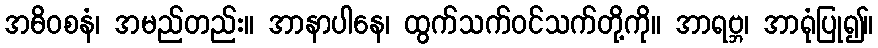
အဓိဝစနံ၊ အမည်တည်း။ အာနာပါနေ၊ ထွက်သက်ဝင်သက်တို့ကို။ အာရဗ္ဘ၊ အာရုံပြု၍။